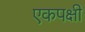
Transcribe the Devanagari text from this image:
एकपक्षी